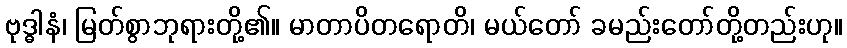
ဗုဒ္ဓါနံ၊ မြတ်စွာဘုရားတို့၏။ မာတာပိတရောတိ၊ မယ်တော် ခမည်းတော်တို့တည်းဟု။